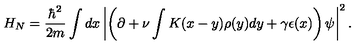
H _ { N } = \frac { \hbar ^ { 2 } } { 2 m } \int d x \left\vert \left( \partial + \nu \int K ( x - y ) \rho ( y ) d y + \gamma \epsilon ( x ) \right) \psi \right\vert ^ { 2 } .